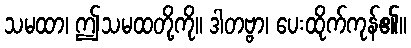
သမထာ၊ ဤသမထတို့ကို။ ဒါတဗ္ဗာ၊ ပေးထိုက်ကုန်၏။